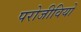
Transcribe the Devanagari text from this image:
परोजीवियों